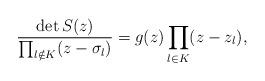
LaTeX: \begin{align*}\frac {\det S(z)}{\prod_{l\notin K}(z-\sigma_l)}=g(z)\prod_{l\in K}(z-z_l),\end{align*}